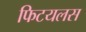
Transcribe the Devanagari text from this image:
फिटयलस